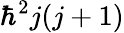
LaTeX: \hbar^{2}j(j+1)